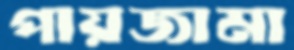
পায়জামা